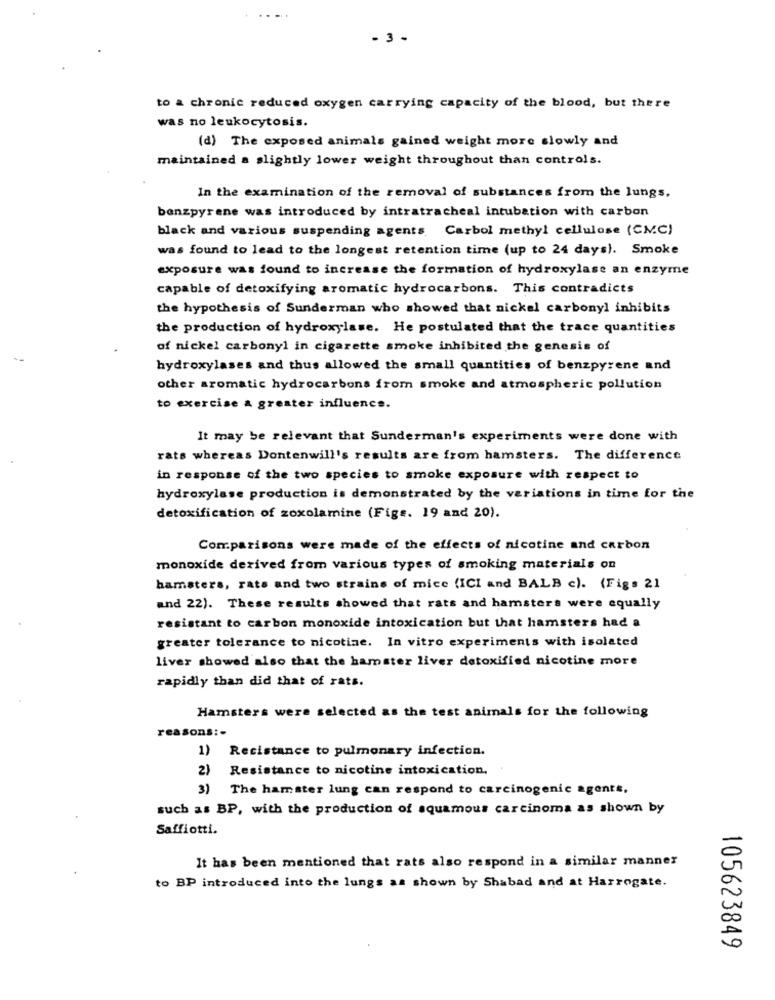
- 3 -
to a chronic reduced oxygen carrying capacity of the blood, but there
was no leukocytosis.
(d) The exposed animals gained weight more slowly and
maintained a slightly lower weight throughout than controls.
In the examination of the removal of substances from the lungs,
benzpyrene was introduced by intratracheal intubation with carbon
black and various suspending agents Carbol methyl cellulose (CM.C)
was found to lead to the longest retention time (up to 24 days). Smoke
exposure was found to increase the formation of hydroxylase an enzyme
capable of detoxifying aromatic hydrocarbons. This contradicts
the hypothesis of Sunderman who showed that nickel carbonyl inhibits
the production of hydroxylase. He postulated that the trace quantities
of nickel carbonyl in cigarette smoke inhibited the genesis of
hydroxylases and thus allowed the small quantities of benzpyrene and
other aromatic hydrocarbons from smoke and atmospheric pollution
to exercise a greater influence.
It may be relevant that Sunderman's experiments were done with
rats whereas Dontenwill's results are from hamsters. The difference
in response of the two species to smoke exposure with respect to
hydroxylase production is demonstrated by the variations in time for the
detoxification of zoxolamine (Figs. 19 and 20).
Comparisons were made of the effects of nicotine and carbon
monoxide derived from various types of smoking materials on
hamsters, rats and two strains of mice (ICI and BALB c). (Figs 21
and 22). These results showed that rats and hamsters were equally
resistant to carbon monoxide intoxication but that hamsters had a
greater tolerance to nicotine. In vitro experiments with isolated
liver showed also that the hamster liver detoxified nicotine more
rapidly than did that of rats.
Hamsters were selected as the test animals for the following
reasons :-
1) Resistance to pulmonary infection.
2)
Resistance to nicotine intoxication.
3) The hamster lung can respond to carcinogenic agents,
such as BP, with the production of squamous carcinoma as shown by
Saffiotti.
It has been mentioned that rats also respond in a similar manner
to BP introduced into the lungs as shown by Shabad and at Harrogate.
105623849